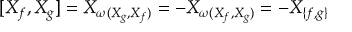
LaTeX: [ X _ { f } , X _ { g } ] = X _ { \omega ( X _ { g } , X _ { f } ) } = - X _ { \omega ( X _ { f } , X _ { g } ) } = - X _ { \{ f , g \} }